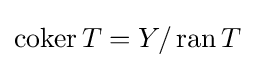
\operatorname {coker} T=Y/\operatorname {ran} T